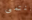
تنتمى